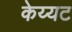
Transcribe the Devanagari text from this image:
केय्यट